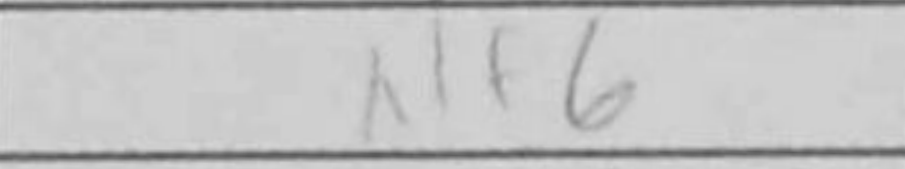
Transcription: Nf6